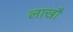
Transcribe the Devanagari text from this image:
लाखौ